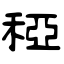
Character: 稏